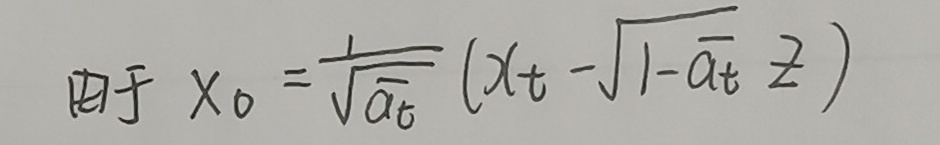
由于 $x_0 = \frac{1}{\sqrt{a_t}} (x_t - \sqrt{1 - a_t} z)$